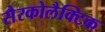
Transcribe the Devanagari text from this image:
सैरकोलैक्टिक